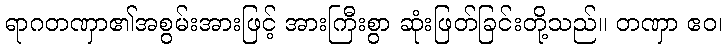
ရာဂတဏှာ၏အစွမ်းအားဖြင့် အားကြီးစွာ ဆုံးဖြတ်ခြင်းတို့သည်။ တဏှာ ဧဝ၊